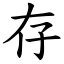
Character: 存